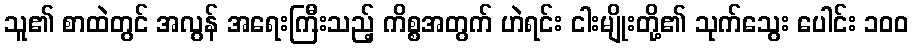
သူ၏ စာထဲတွင် အလွန် အရေးကြီးသည့် ကိစ္စအတွက် ဟဲရင်း ငါးမျိုးတို့၏ သုက်သွေး ပေါင်း ၁၀၀